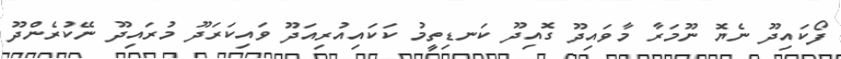
ފޯކައިދޫ ނެޔޮ ނޫމަރާ މާވައިދޫ ގޮއިދޫ ކަނޑިތީމު ކަކައިއުރިއަދޫ ވައިކަރަދޫ މުރައިދޫ ނޭކުރެންދޫ